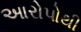
આરોપોથી